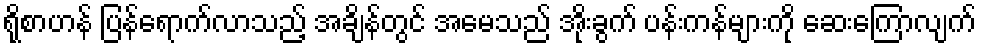
ရိုစာဟန် ပြန်ရောက်လာသည့် အချိန်တွင် အမေသည် အိုးခွက် ပန်းကန်များကို ဆေးကြောလျက်